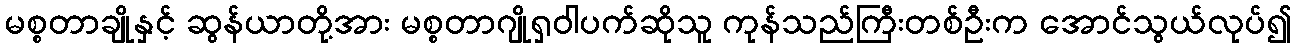
မစ္စတာချိုနှင့် ဆွန်ယာတို့အား မစ္စတာဂျိုရှဝါပက်ဆိုသူ ကုန်သည်ကြီးတစ်ဦးက အောင်သွယ်လုပ်၍